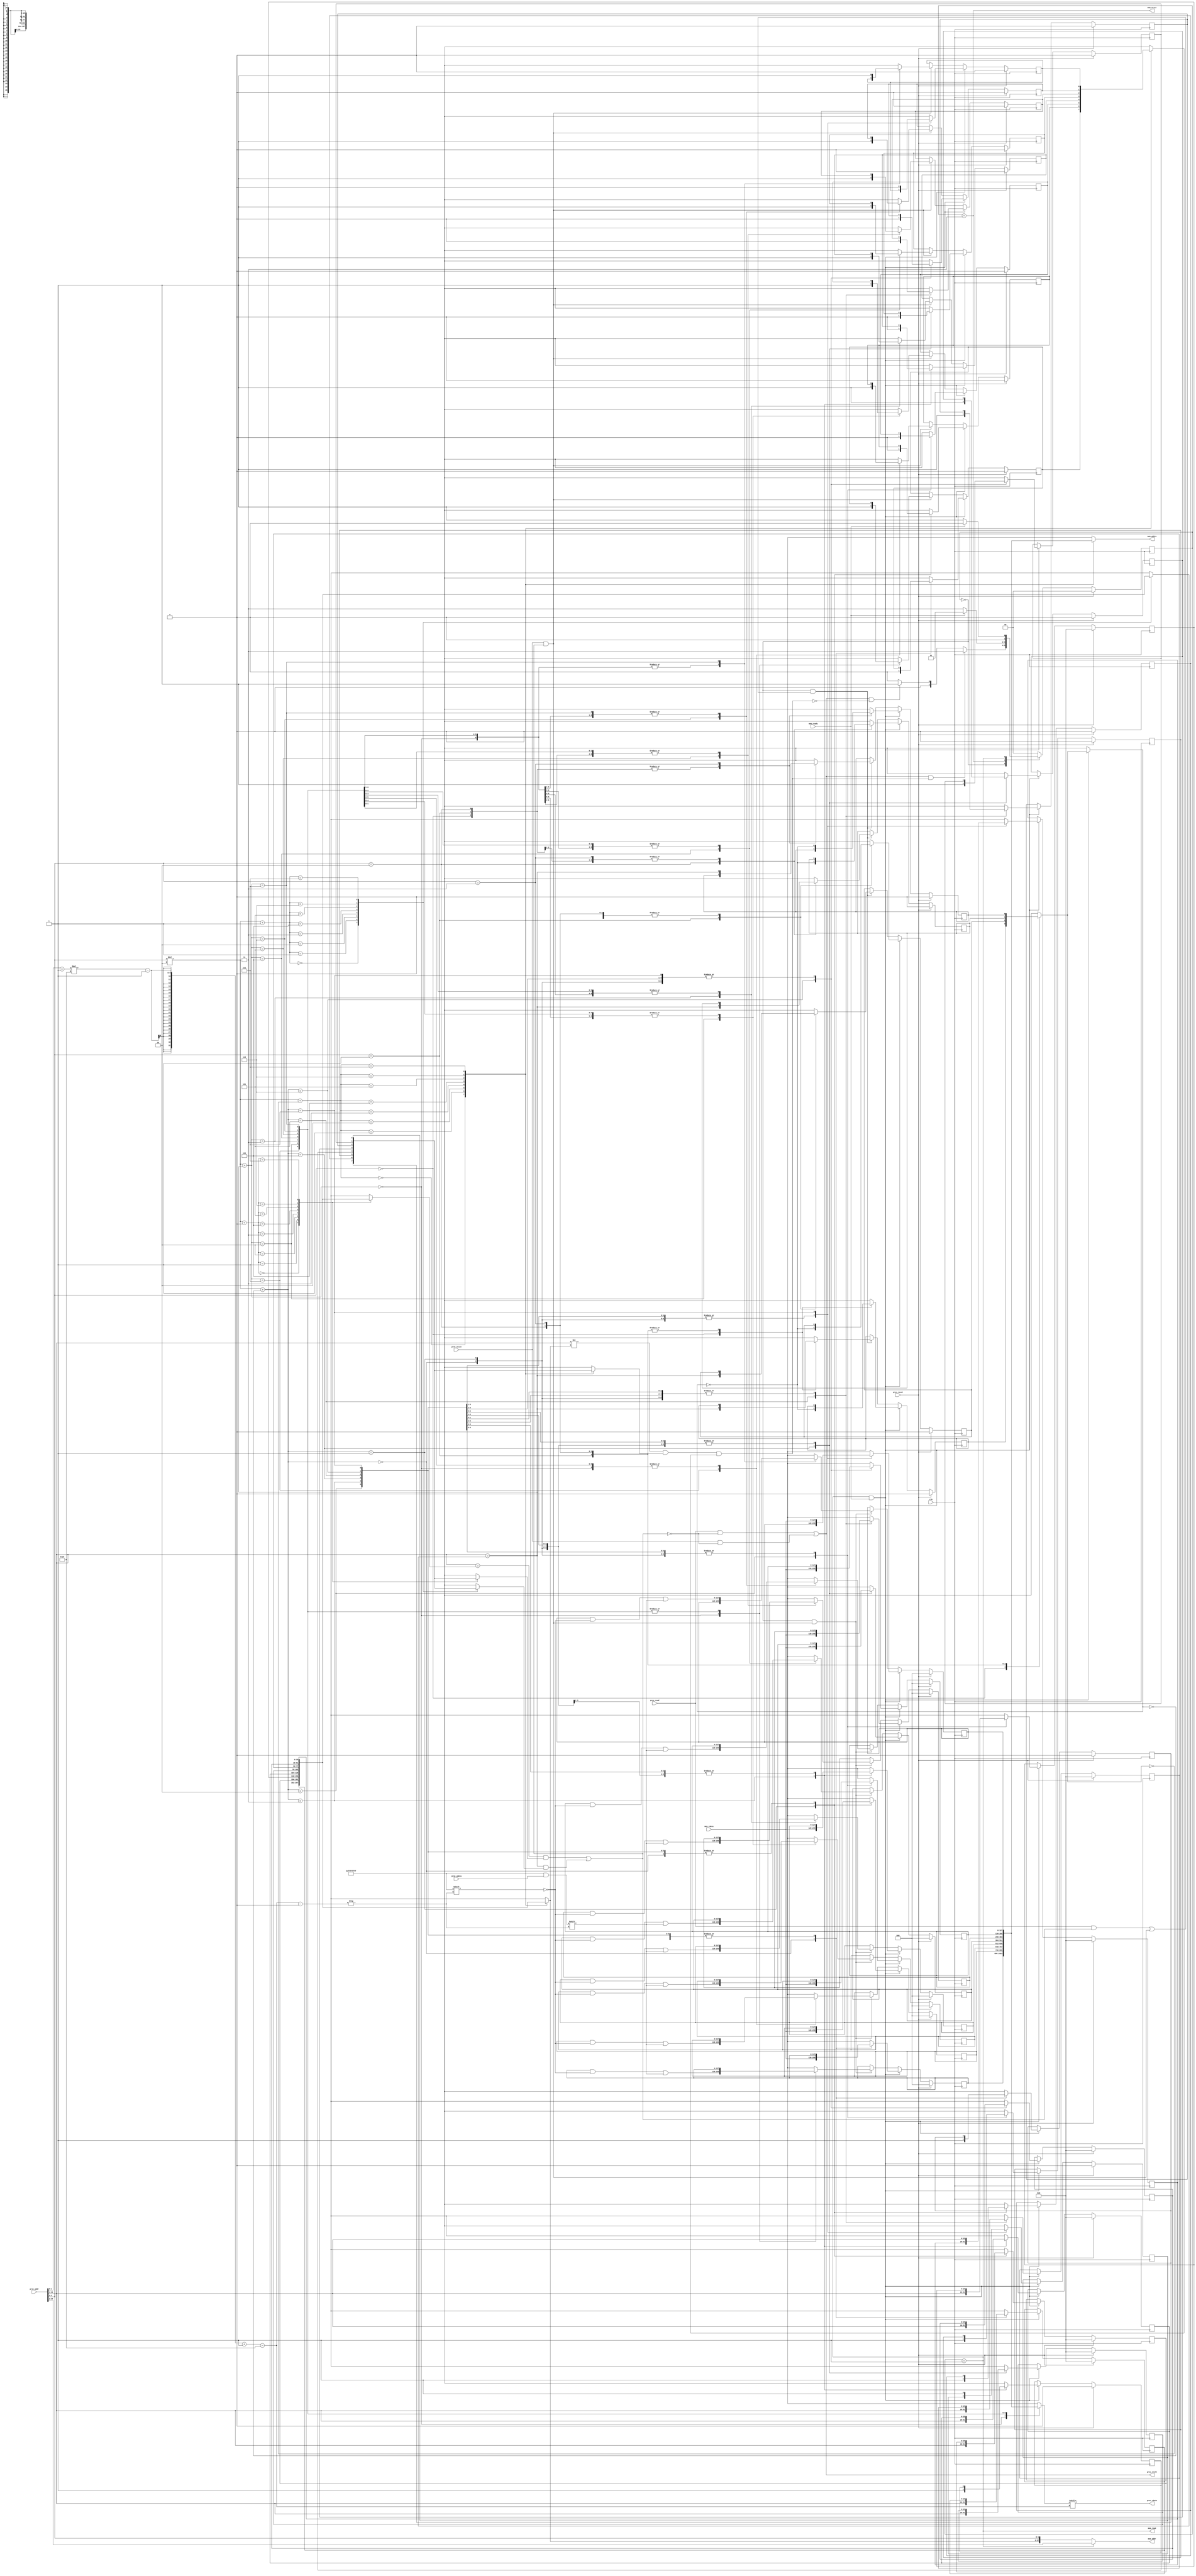
module D_cache(
    clk,
    proc_reset,
    proc_read,
    proc_write,
    proc_addr,
    proc_rdata,
    proc_wdata,
    proc_stall,
    mem_read,
    mem_write,
    mem_addr,
    mem_rdata,
    mem_wdata,
    mem_ready
);
    

    input          clk;

    // processor interface
    input          proc_reset;
    input          proc_read, proc_write;
    input   [29:0] proc_addr; //4 bytes address, less 2 bits for block offset, 2 bits for modulo, others 26 bits for tag
    input   [31:0] proc_wdata;
    output         proc_stall;
    output  [31:0] proc_rdata;

    // memory interface
    input  [127:0] mem_rdata;
    input          mem_ready;
    output         mem_read, mem_write;
    output  [27:0] mem_addr;
    output [127:0] mem_wdata;

    reg    [2-1:0] state_r;
    reg    [2-1:0] state_w;

    reg  [128-1:0] cache_r[0:4-1][0:2-1]; //A word contains 4 bytes, a block contains 4 words, 8 blocks
    reg  [128-1:0] cache_w[0:4-1][0:2-1]; //A word contains 4 bytes, a block contains 4 words, 8 blocks
 
    reg            valid_r[0:4-1][0:2-1]; //valid bits for blocks
    reg            valid_w[0:4-1][0:2-1]; //valid bits for blocks

    reg            modified_r[0:4-1][0:2-1]; //modified bits for blocks
    reg            modified_w[0:4-1][0:2-1]; //modified bits for blocks

    reg   [26-1:0] tag_r[0:4-1][0:2-1]; //tag bits for blocks
    reg   [26-1:0] tag_w[0:4-1][0:2-1]; //tag bits for blocks
 
    reg            recent_r[0:4-1]; //recent bit for blocks, 1'b0 means cache_r[proc_modulo][0] is recently taken
    ///////////////////////////////////////////////////////////////////////////////////////////////////////////////Todo, dirty bit
    reg            recent_w[0:4-1]; //recent bit for blocks

    wire  [26-1:0] proc_tag;
    wire   [2-1:0] proc_modulo;
    wire   [2-1:0] proc_offset;

    wire           read_miss;
    wire           read_hit;
    wire           write_miss;
    wire           write_hit;
    wire           old_valid_and_modified;

    wire           index;

    integer        i, j;

    parameter      STATE_READY = 2'd0;
    parameter      STATE_READ  = 2'd1; //Read from memory
    parameter      STATE_WRITE = 2'd3; //Write to memory

    //Unfold processor address into tag, modulo and offset
    assign proc_tag = proc_addr[26+2+2-1:2+2];
    assign proc_modulo = proc_addr[2+2-1:2];
    assign proc_offset = proc_addr[2-1:0];

    //Control signal
    assign read_hit = proc_read && ((proc_tag == tag_r[proc_modulo][0] && valid_r[proc_modulo][0]) || (proc_tag == tag_r[proc_modulo][1] && valid_r[proc_modulo][1]));
    assign read_miss = proc_read && !((proc_tag == tag_r[proc_modulo][0] && valid_r[proc_modulo][0]) || (proc_tag == tag_r[proc_modulo][1] && valid_r[proc_modulo][1]));
    assign write_hit = proc_write && ((proc_tag == tag_r[proc_modulo][0] && valid_r[proc_modulo][0]) || (proc_tag == tag_r[proc_modulo][1] && valid_r[proc_modulo][1]));
    assign write_miss = proc_write && !((proc_tag == tag_r[proc_modulo][0] && valid_r[proc_modulo][0]) || (proc_tag == tag_r[proc_modulo][1] && valid_r[proc_modulo][1]));
    assign old_valid_and_modified = proc_tag != tag_r[proc_modulo][~ recent_r[proc_modulo]] && valid_r[proc_modulo][~ recent_r[proc_modulo]] && modified_r[proc_modulo][~ recent_r[proc_modulo]];

    assign index = proc_tag == tag_r[proc_modulo][1];

    //Handle state_r (FSM)
    always @(*) begin
        case (state_r)
            STATE_READY:
                if ((read_miss || write_miss) && old_valid_and_modified) begin
                    state_w = STATE_WRITE;
                end
                else if ((read_miss || write_miss) && ~ old_valid_and_modified) begin
                    state_w = STATE_READ;
                end
                else begin
                    state_w = STATE_READY;
                end
            STATE_WRITE:
                if (mem_ready) begin
                    state_w = STATE_READ;
                end
                else begin
                    state_w = STATE_WRITE;
                end
            STATE_READ:
                if (mem_ready) begin
                    state_w = STATE_READY;
                end
                else begin
                    state_w = STATE_READ;
                end
            default: 
                state_w = STATE_READY;
        endcase
    end

    always@(posedge clk) begin
        if(proc_reset) begin
            state_r <= STATE_READY;
        end
        else begin
            state_r <= state_w;
        end
    end

    //Handle cache_r
    always @(*) begin
        for (i = 0; i < 4; i = i + 1) begin
            for (j = 0; j < 2; j = j + 1) begin
                cache_w[i][j] = cache_r[i][j];
            end
        end
        if (state_r == STATE_READ && mem_ready) begin
            cache_w[proc_modulo][~ recent_r[proc_modulo]] = mem_rdata;
        end
        else if (state_r == STATE_READY && write_hit) begin
            cache_w[proc_modulo][index][(proc_offset+1)*32-1-:32] = proc_wdata;
        end
    end

    always@(posedge clk) begin
        if(proc_reset) begin
            for (i = 0; i < 4; i = i + 1) begin
                for (j = 0; j < 2; j = j + 1) begin
                    cache_r[i][j] <= 128'd0;
                end
            end
        end
        else begin
            for (i = 0; i < 4; i = i + 1) begin
                for (j = 0; j < 2; j = j + 1) begin
                    cache_r[i][j] <= cache_w[i][j];
                end
            end
        end
    end

    //Handle valid_r
    always @(*) begin
        for (i = 0; i < 4; i = i + 1) begin
            for (j = 0; j < 2; j = j + 1) begin
                valid_w[i][j] = valid_r[i][j];
            end
        end
        if (state_r == STATE_READ && mem_ready) begin
            valid_w[proc_modulo][~ recent_r[proc_modulo]] = 1'b1;
        end
    end

    always@(posedge clk) begin
        if(proc_reset) begin
            for (i = 0; i < 4; i = i + 1) begin
                for (j = 0; j < 2; j = j + 1) begin
                    valid_r[i][j] <= 1'b0;
                end
            end
        end
        else begin
            for (i = 0; i < 4; i = i + 1) begin
                for (j = 0; j < 2; j = j + 1) begin
                    valid_r[i][j] <= valid_w[i][j];
                end
            end
        end
    end

    //Handle tag_r
    always @(*) begin
        for (i = 0; i < 4; i = i + 1) begin
            for (j = 0; j < 2; j = j + 1) begin
                tag_w[i][j] = tag_r[i][j];
            end
        end
        if (state_r == STATE_READ && mem_ready) begin
            tag_w[proc_modulo][~ recent_r[proc_modulo]] = proc_tag;
        end
    end

    always@(posedge clk) begin
        if(proc_reset) begin
            for (i = 0; i < 4; i = i + 1) begin
                for (j = 0; j < 2; j = j + 1) begin
                    tag_r[i][j] <= 26'd0;
                end
            end
        end
        else begin
            for (i = 0; i < 4; i = i + 1) begin
                for (j = 0; j < 2; j = j + 1) begin
                    tag_r[i][j] <= tag_w[i][j];
                end
            end
        end
    end

    //Handle recent_r
    always @(*) begin
        for (i = 0; i < 4; i = i + 1) begin
            recent_w[i] = recent_r[i];
        end
        if (state_r == STATE_READ && mem_ready) begin
            recent_w[proc_modulo] = ~ recent_r[proc_modulo];
        end
        else if (state_r == STATE_READY && (read_hit || write_hit)) begin
            recent_w[proc_modulo] = index;
        end
    end

    always@(posedge clk) begin
        if(proc_reset) begin
            for (i = 0; i < 4; i = i + 1) begin
                recent_r[i] <= 1'b0;
            end
        end
        else begin
            for (i = 0; i < 4; i = i + 1) begin
                recent_r[i] <= recent_w[i];
            end
        end
    end

    //Handle modified_r
    always @(*) begin
        for (i = 0; i < 4; i = i + 1) begin
            for (j = 0; j < 2; j = j + 1) begin
                modified_w[i][j] = modified_r[i][j];
            end
        end
        if (state_r == STATE_READ && mem_ready) begin
            modified_w[proc_modulo][~ recent_r[proc_modulo]] = 1'b0;
        end
        else 
        if (write_hit) begin
            modified_w[proc_modulo][index] = 1'b1;
        end
    end

    always@(posedge clk) begin
        if(proc_reset) begin
            for (i = 0; i < 4; i = i + 1) begin
                for (j = 0; j < 2; j = j + 1) begin
                    modified_r[i][j] <= 1'b0;
                end
            end
        end
        else begin
            for (i = 0; i < 4; i = i + 1) begin
                for (j = 0; j < 2; j = j + 1) begin
                    modified_r[i][j] <= modified_w[i][j];
                end
            end
        end
    end

    //Output
    assign proc_stall = read_miss || write_miss;
    assign proc_rdata = cache_r[proc_modulo][index][(proc_offset+1)*32-1-:32];
    assign mem_read = state_r == STATE_READ;
    assign mem_write = state_r == STATE_WRITE;
    assign mem_addr = state_r == STATE_READ ? {proc_tag, proc_modulo} : {tag_r[proc_modulo][~ recent_r[proc_modulo]], proc_modulo};
    assign mem_wdata = cache_r[proc_modulo][~ recent_r[proc_modulo]];

    // always @(*) begin
    //     $monitor("proc addr: %h, read hit: %b, read miss: %b, write hit: %b, write miss: %b, mem ready: %b, mem read: %b, mem write: %b, mem addr: %h, mem wdata: %h, mem rdata: %h", proc_addr, read_hit, read_miss, write_hit, write_miss, mem_ready, mem_read, mem_write, mem_addr, mem_wdata, mem_rdata);
    // end
endmodule